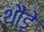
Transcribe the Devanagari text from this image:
थौड़े